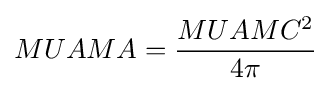
MUAMA={\frac {MUAMC^{2}}{4\pi }}